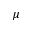
\mu